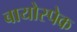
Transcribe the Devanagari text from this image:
बायोस्पेक